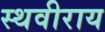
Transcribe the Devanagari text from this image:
स्थवीराय